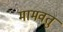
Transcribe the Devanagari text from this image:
मामवतु